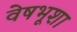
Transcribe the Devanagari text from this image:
वेषभूशा